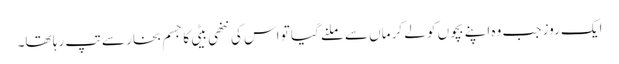
ایک روز جب وہ اپنے بچوں کو لے کر ماں سے ملنے گیا تو اس کی ننھی بیٹی کا جسم بخار سے تپ رہا تھا۔